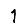
Digit: 1